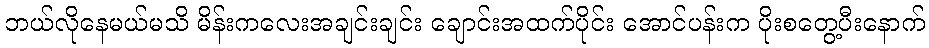
ဘယ်လိုနေမယ်မသိ မိန်းကလေးအချင်းချင်း ချောင်းအထက်ပိုင်း အောင်ပန်းက ပိုးစတွေ့ပီးနောက်